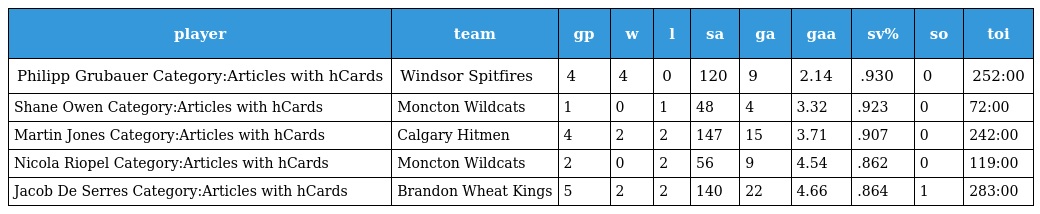
| player | team | gp | w | l | sa | ga | gaa | sv% | so | toi |
 | --- | --- | --- | --- | --- | --- | --- | --- | --- | --- | --- |
 | Philipp Grubauer Category:Articles with hCards | Windsor Spitfires | 4 | 4 | 0 | 120 | 9 | 2.14 | .930 | 0 | 252:00 |
 | Shane Owen Category:Articles with hCards | Moncton Wildcats | 1 | 0 | 1 | 48 | 4 | 3.32 | .923 | 0 | 72:00 |
 | Martin Jones Category:Articles with hCards | Calgary Hitmen | 4 | 2 | 2 | 147 | 15 | 3.71 | .907 | 0 | 242:00 |
 | Nicola Riopel Category:Articles with hCards | Moncton Wildcats | 2 | 0 | 2 | 56 | 9 | 4.54 | .862 | 0 | 119:00 |
 | Jacob De Serres Category:Articles with hCards | Brandon Wheat Kings | 5 | 2 | 2 | 140 | 22 | 4.66 | .864 | 1 | 283:00 |